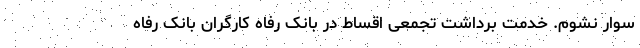
سوار نشوم. خدمت برداشت تجمعی اقساط در بانک رفاه کارگران بانک رفاه